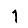
Digit: 1